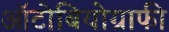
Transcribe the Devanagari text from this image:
ऑटोबियोग्राफी